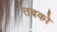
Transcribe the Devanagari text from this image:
तबको